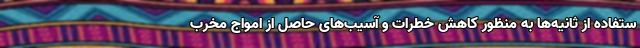
ستفاده از ثانیه‌ها به منظور کاهش خطرات و آسیب‌های حاصل از امواج مخرب